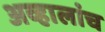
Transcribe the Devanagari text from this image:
अव्हालांच